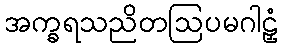
အက္ခရသညိတဩပမဂါဠှံ